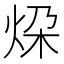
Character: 𪸨